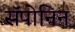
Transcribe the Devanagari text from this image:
सॅपोनिन